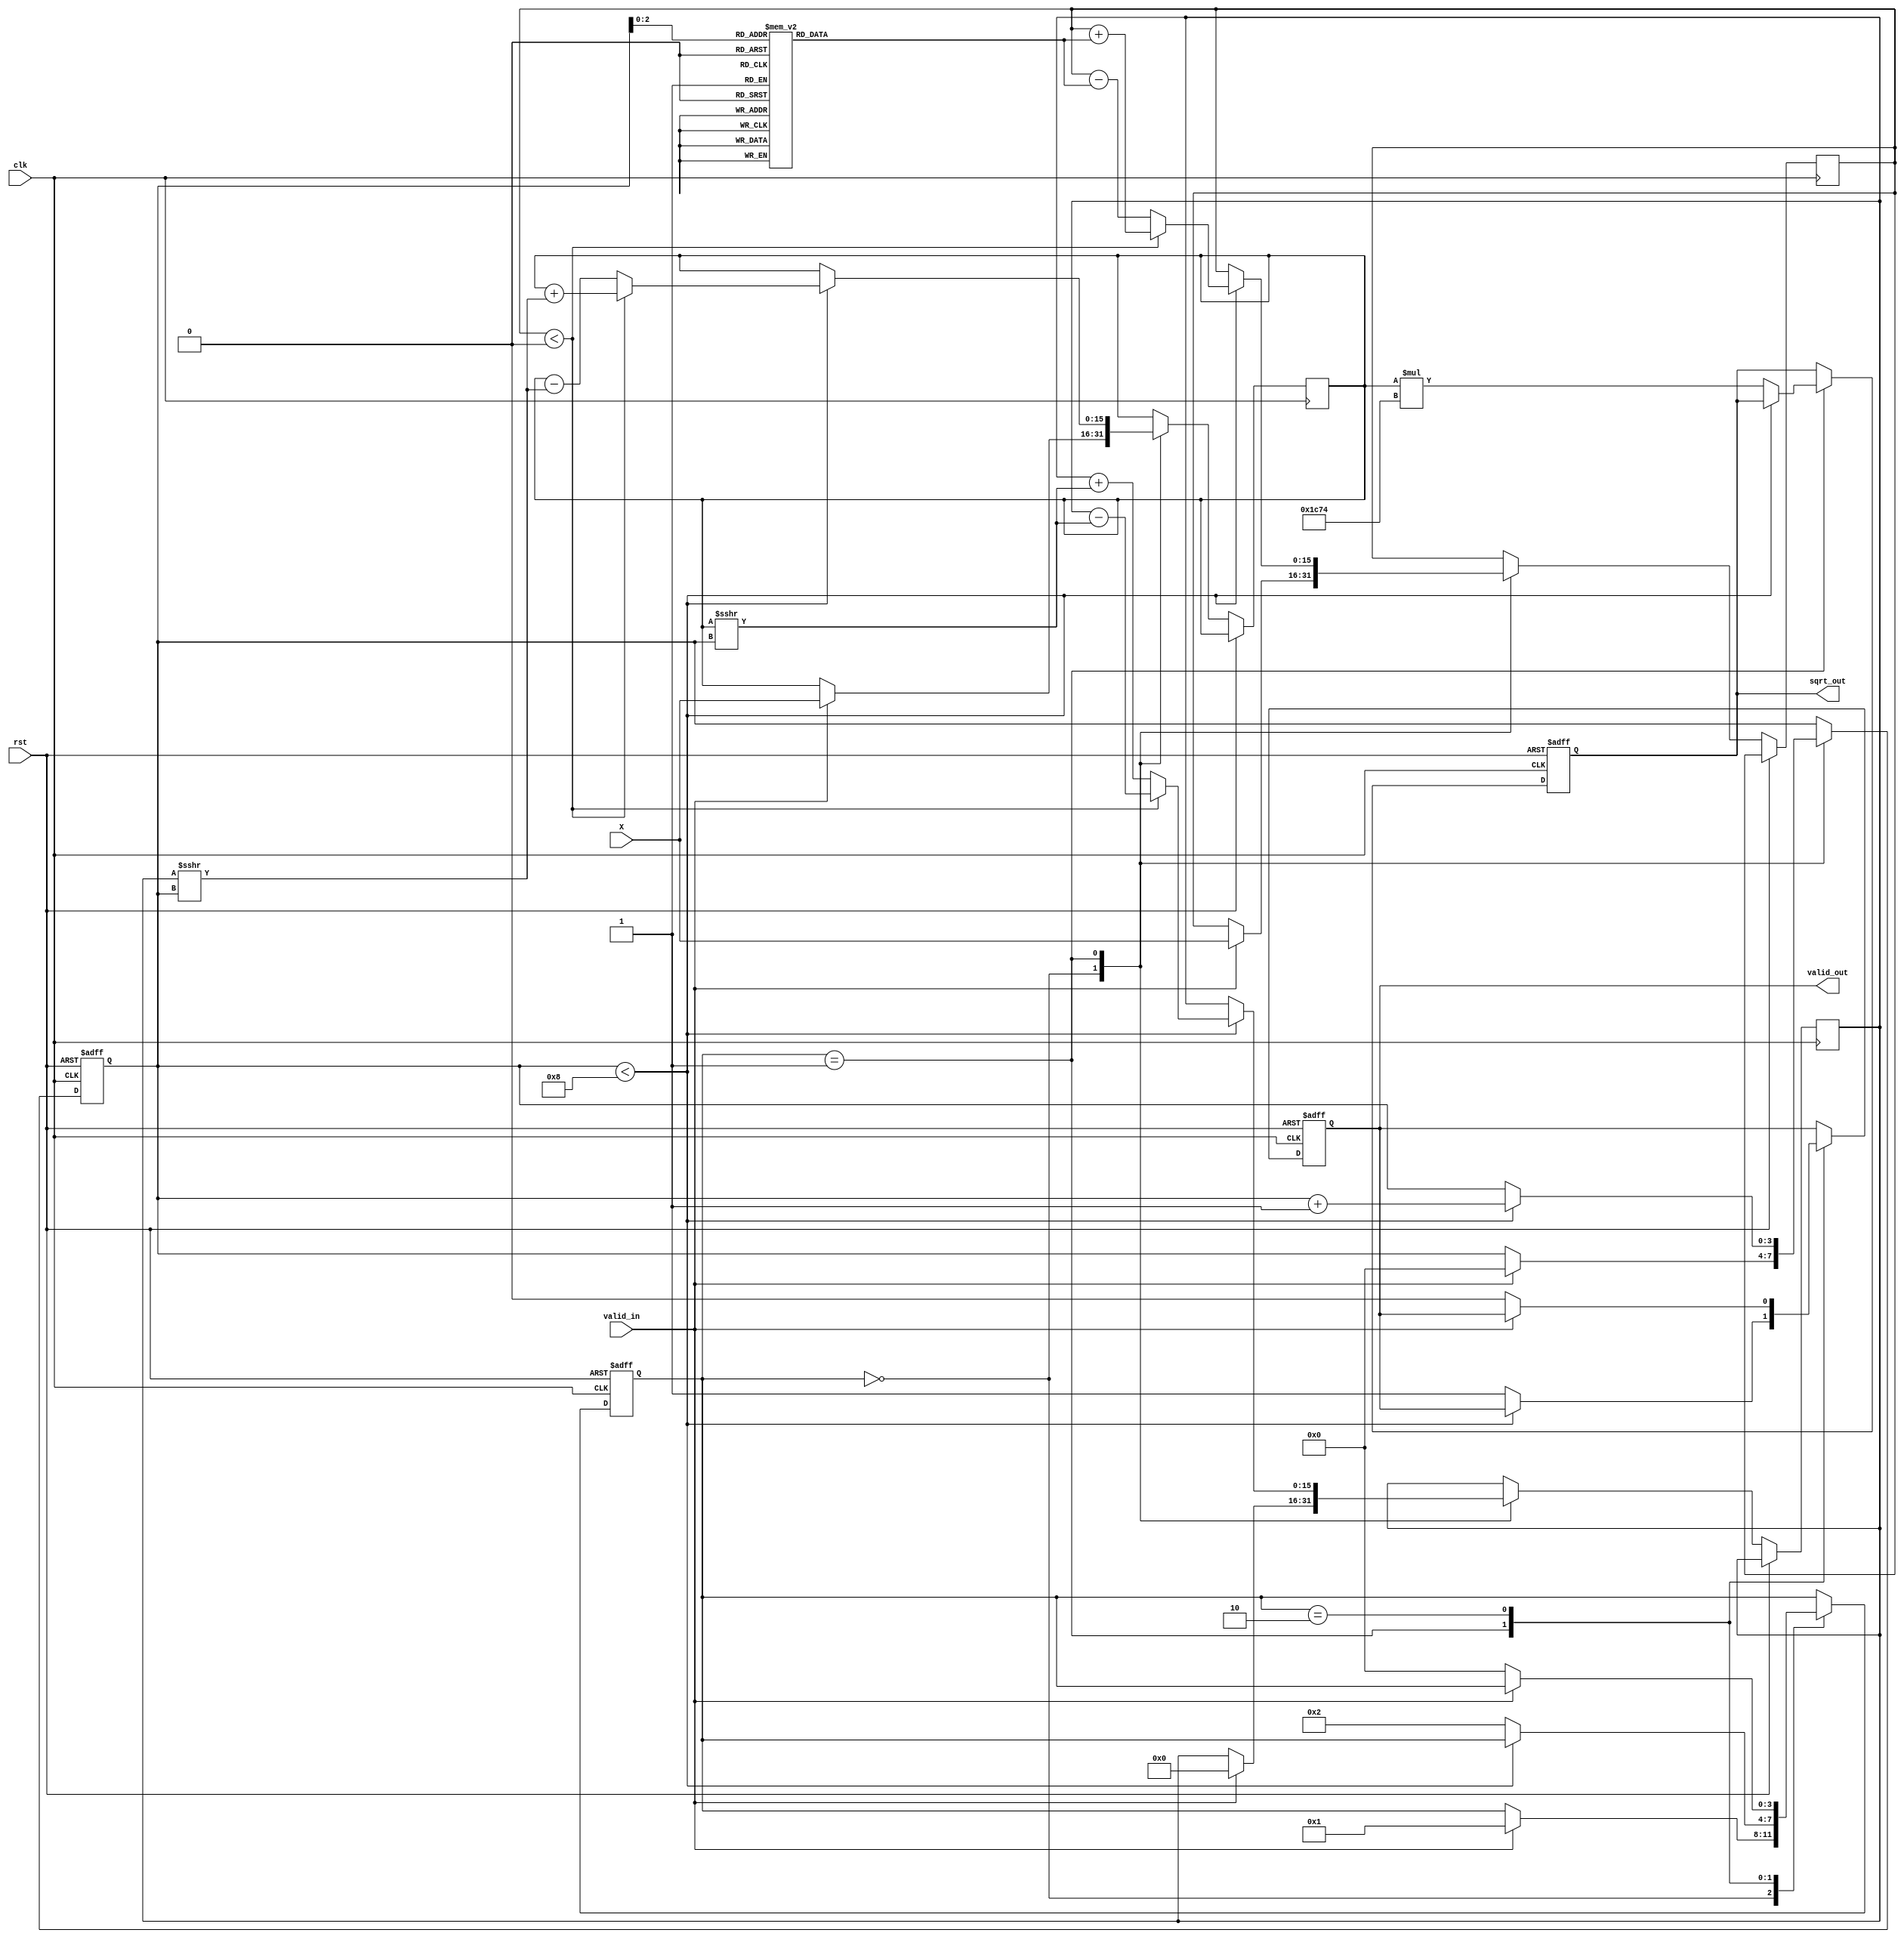
module cordic_sqrt #(
    parameter WIDTH = 16, // Bit-width for input and output
    parameter ITERATIONS = 8 // Number of CORDIC iterations
)(
    input wire clk,
    input wire rst,
    input wire valid_in,
    input wire [WIDTH-1:0] X,
    output reg [WIDTH-1:0] sqrt_out,
    output reg valid_out
);

    // Internal signals
    reg [WIDTH-1:0] x_curr, y_curr, z_curr;
    reg [3:0] state;
    reg [3:0] iteration_count;
    reg [WIDTH-1:0] K; // Scaling factor
    reg [WIDTH-1:0] angle_table [0:ITERATIONS-1]; // Precomputed angles

    // Initialize angle table and scaling factor
    initial begin
        angle_table[0] = 16'h1C71; // atan(2^-0)
        angle_table[1] = 16'h1B71; // atan(2^-1)
        angle_table[2] = 16'h1A7A; // atan(2^-2)
        angle_table[3] = 16'h19B6; // atan(2^-3)
        angle_table[4] = 16'h18F6; // atan(2^-4)
        angle_table[5] = 16'h188E; // atan(2^-5)
        angle_table[6] = 16'h1836; // atan(2^-6)
        angle_table[7] = 16'h17E4; // atan(2^-7)
        K = 16'h1C74; // Scaling factor for CORDIC
    end

    // State machine for CORDIC iterations
    always @(posedge clk or posedge rst) begin
        if (rst) begin
            state <= 0;
            iteration_count <= 0;
            valid_out <= 0;
            sqrt_out <= 0;
        end else begin
            case (state)
                0: begin // Initialization
                    if (valid_in) begin
                        x_curr <= X;
                        y_curr <= 0;
                        z_curr <= X; // Initial angle (X)
                        iteration_count <= 0;
                        state <= 1;
                    end
                end
                1: begin // Iteration
                    if (iteration_count < ITERATIONS) begin
                        if (z_curr < 0) begin
                            // Rotate clockwise
                            x_curr <= x_curr + (y_curr >>> iteration_count);
                            y_curr <= y_curr - (x_curr >>> iteration_count);
                            z_curr <= z_curr + angle_table[iteration_count];
                        end else begin
                            // Rotate counter-clockwise
                            x_curr <= x_curr - (y_curr >>> iteration_count);
                            y_curr <= y_curr + (x_curr >>> iteration_count);
                            z_curr <= z_curr - angle_table[iteration_count];
                        end
                        iteration_count <= iteration_count + 1;
                    end else begin
                        // Apply scaling factor
                        sqrt_out <= x_curr * K; // Final result
                        valid_out <= 1;
                        state <= 2; // Move to completion state
                    end
                end
                2: begin // Completion
                    if (!valid_in) begin
                        valid_out <= 0;
                        state <= 0; // Go back to initialization
                    end
                end
            endcase
        end
    end

endmodule